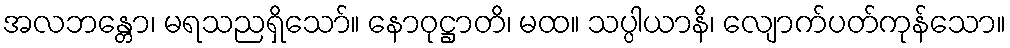
အလဘန္တော၊ မရသညရှိသော်။ နောဝုဋ္ဌာတိ၊ မထ။ သပ္ပါယာနိ၊ လျောက်ပတ်ကုန်သော။